Annual report on the lock hospitals of the Madras Presidency
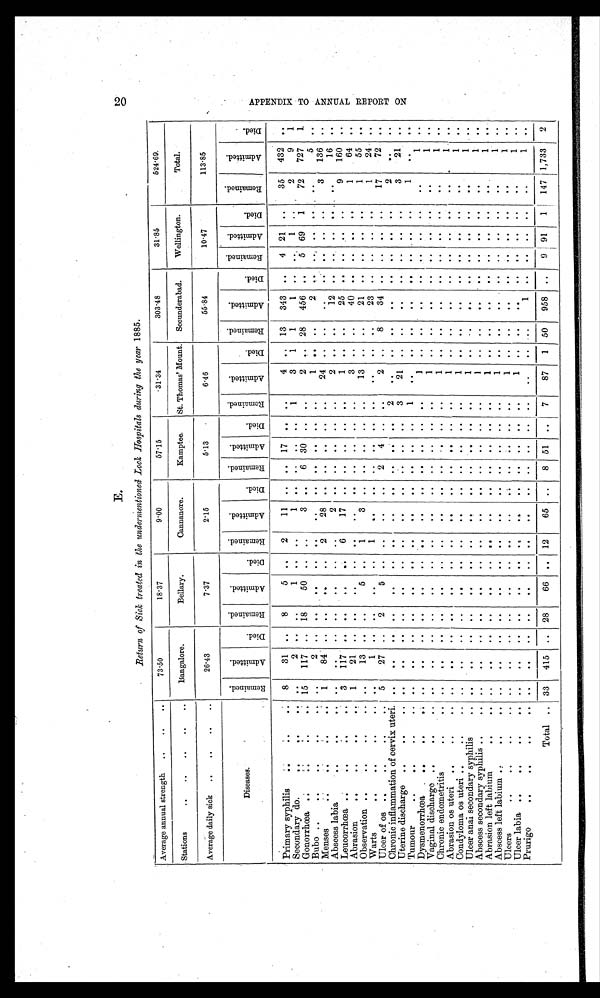
E.
20
Return of SicK treated in the undermentioned Lock Hospitals during the year 1885.
Average annual strength
..
..
..
73·50
18·37
9·00
57·15
31·34
303·48
31·85
524·69.
Bangalore.
Bellary.
Cannanore.
Kamtee.
St. Thomas' Mount.
Secunderabad.
Wellington.
Total.
Stations
• •
• •
• •
..
• •
26·43
7·37
2·15
5·13
6·46
55·84
10·47
113·85
Average daily sick
..
.. ..
..
R e m a i n e d .
A d m i t t e d .
Di e d.
R e m a i n e d .
A d mi t t e d .
Di ed.
Remained.
A d mi t t e d .
Di ed.
R e m a i n e d .
A d mi t t e d .
Di e d .
R e m a i n e d .
Ad mi t t e d .
Di ed.
R e m a i n e d .
A d m i t t e d .
Di ed.
R e m a i n e d .
A d m i t t e d .
Di ed.
R e m a i n e d .
A d mi t t e d .
D i e d .
Diseases.
Primary syphilis
..
..
. .
8
31 ..
8
5
. . 2
11
. .
. .
17
. .
. .
4 .. 13
343
. .
4 21
. .
35
432
. .
Secondry do.
..
..
. .
2
. .
. .
1
. .
. .
1
. .
..
..
..
1
3
1
1
1 . .
. .
1
. .
2
9
1
Gonorrhœa ..
..
.. 1 5
117 .. 18
50
. .
. .
3
. .
6 30
. .
. . 2
. . 2 8
. .
. . 5
6 9
1 7 2
7 2 7 1
Bubo ..
..
..
.. . .
2
. .
. .
. .
. .
. .
. .
. .
. .
. .
. .
. .
1
. .
. .
2 . .
. . . .
. .
. .
5
. .
Menses
..
.
1
84
. .
. .
. .
. .
2
28
. .
. .
. .
. .
. .
24 . .
. .
. . . .
. .
. .
. .
3
1 3 6
..
Abscess labia
..
.. . .
. . . .
. .
. .
. .
. .
2
. .
. .
. .
. .
. .
2
. .
. .
12
. . . .
. .
. .
. .
16
. .
Leucorrhœa ..
..
..
..
3
117
. .
. .
. . . .
6
17 . .
. .
. .
. .
. .
1
. .
. .
25
. .
. . . .
. .
9
1 6 0
. .
Abrasion
..
..
...
..
1
21
. . . . .
. .
. .
. .
. .
. .
. .
. .
. .
. .
3
. .
. .
40
. .
. .
. .
. .
1 6 4
. .
Observation ..
..
..
.. . .
13
. .
. .
5
. .
1
3 . .
. .
. .
. .
. .
13
. .
. .
21
. .
. .
. .
. .
1
55
. .
Warts
..
..
..
..
. .
1
. .
. .
. .
. .
1
. .
. .
. .
. .
. .
. .
. .
..
. .
23
. .
. .
. .
. .
1
24
. .
Ulcer of os ..
..
.. ..
5
27
. .
2
5
. .
. .
. .
. .
2
4
. .
. .
2 ..
8
34
. .
. .
. .
. .
17
72
. .
Chronic inflammation of cervix uteri. ..
..
. .
. .
. .
. . . .
. .
. .
. .
. .
. .
2
. .
. .
. .
. . . .
. .
. .
. .
2
. .
. .
Uterine discharge ..
..
.. . .
. . . .
. .
. .
. .
. .
. .
. .
. .
. .
. .
3
21
. .
. .
. . . .
. .
. .
. .
3
21
. .
Tumour
..
.. .. ..
..
. .
. .
. .
. .
. .
. .
. .
. .
. .
. .
. .
1
. .
. .
. .
. .
. .
. .
. .
. .
1
. .
. .
Dysmenorrhœa .. .. ..
. .
. .
. .
. .
. .
. .
. .
. .
. .
. .
. .
. .
. .
I
. .
. .
. .
. .
. .
. .
. .
. .
1
. .
Vaginal discharge ..
..
. .
. . . .
. .
..
. .
. .
. .
. .
. .
..
. .
. .
1
. .
. .
. . . .
. .
. .
. .
. .
1
. .
Chronic endometritis
..
.. . .
. . . . . .
. .
. .
. .
. .
. . . .
. .
. .
. .
1
. .
. .
. .
. .
. .
. .
. .
. .
1
. .
Abrasion os uteri ..
..
.. . .
. . . .
. .
. .
. .
. .
. .
. .
. .
. .
. .
. .
1
. .
. .
. .
. .
. .
. .
. .
. .
1
. .
Condyloma os uteri ..
..
. .
. . . .
. .
. .
..
..
. .
. .
..
. .
. .
. .
1
. .
. .
. .
. .
. .
. .
. .
. .
1
. .
Ulcer anal secondary syphilis
.. . .
. . . .
. .
. .
. .
. .
. .
. .
. .
. .
. .
. .
1 ..
. .
. .
. .
..
..
. .
. .
1 ..
Abscess secondary syphilis ..
. .
. . . . .
. .
. .
. .
. .
. .
. .
. .
. .
. .
. .
I
. .
. .
. .
. .
. .
. .
. .
. .
1
. .
Abrasion left labium
..
.. . .
. . . .
. .
..
. .
. .
. .
. .
. .
. .
. .
. .
1
. .
. .
. . . .
. .
. .
. .
. .
1
. .
Abscess left labium ..
..
.. ..
. . . .
. .
. .
. .
. .
. .
. .
. .
. .
. .
. .
1
. .
. .
. .
. .
. .
. .
. .
. .
1
. .
Ulcers
..
..
..
..
. .
. .
. .
. .
. .
. .
. .
. .
. .
. .
. .
. .
. .
1
. .
. .
. .
. .
. .
. .
. .
. .
1
. .
Ulcer labia ..
..
..
.. . .
. . . .
. .
. .
. . . .
. .
. .
. .
. . . .
. .
1
. .
. .
. .
. .
. .
. .
. .
. .
1
. .
Prurigo
..
..
..
..
. .
. .
. .
. .
. .
. .
. .
. .
. .
. .
. .
. .
. .
. .
. .
. .
1
. .
. .
. .
. .
. .
1
. .
Total .. 33
415 .. 28
66 .. 12
65 ..
8 51 ..
7
87
1 50
958 ..
9
91
1
147 1,733
2
AP P E NDI X T O ANNUAL RE P ORT ON